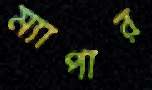
ম্যাপার